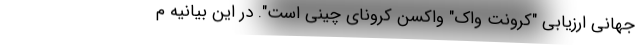
جهانی ارزیابی "کرونت واک" واکسن کرونای چینی است". در این بیانیه م